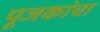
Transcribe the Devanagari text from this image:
पूजकांचा